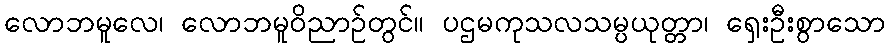
လောဘမူလေ၊ လောဘမူဝိညာဉ်တွင်။ ပဌမကုသလသမ္ပယုတ္တာ၊ ရှေးဦးစွာသော